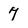
Character: 7